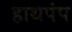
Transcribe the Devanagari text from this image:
हाथपंप